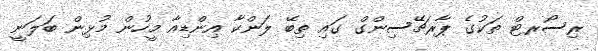
ރިސޯރޓް ތަކުގެ ޕާރޗޭސިންގް ގައި ތިބޭ ލަންކާ އިންޑިއާ މީހުން މުޅިން ބަލަނީ